Report on the working of the Ranchi Indian Mental Hospital, Kanke, in Bihar and Orissa - 1930-1940
Year: 1930
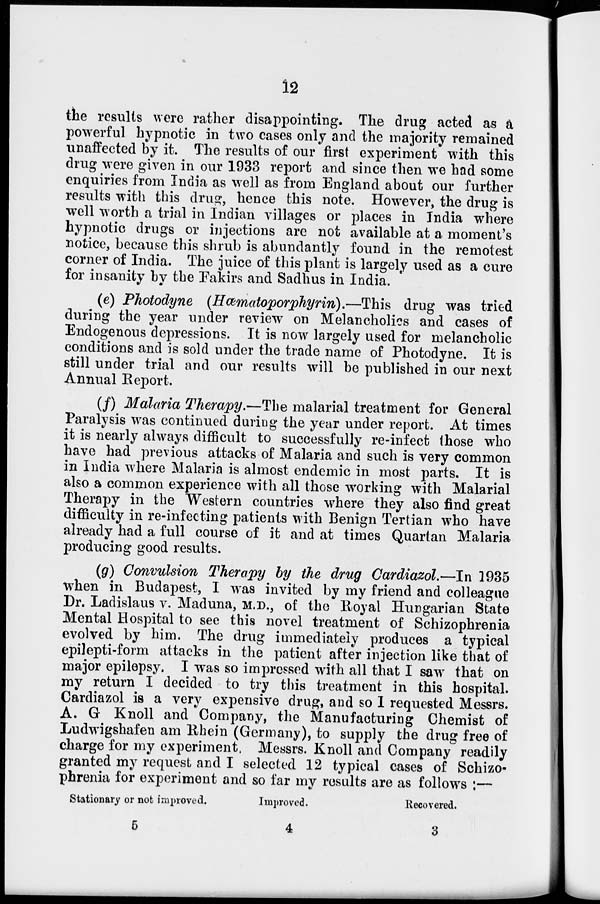
12
the results were rather disappointing. The drug acted as a.
powerful hypnotic in two cases only and the majority remained
unaffected by it. The results of our first experiment with this
drug were given in our 1933 report and since then we had some
enquiries from India as well as from England about our further
results with this drug, hence this note. However, the drug is
well worth a trial in Indian villages or places in India where
hypnotic drugs or injections are not available at a moment's
notice, because this shrub is abundantly found in the remotest
corner of India. The juice of this plant is largely used as a cure
for insanity by the Fakirs and Sadhus in India.
(e) Photodyne (Hœmatoporphyrin).—This drug was tried
during the year under review on Melancholies and cases of
Endogenous depressions. It is now largely used for melancholic
conditions and is sold under the trade name of Photodyne. It is
still under trial and our results will be published in our next
Annual Report.
(f) Malaria Therapy.—The malarial treatment for General
Paralysis was continued during the year under report. At times
it is nearly always difficult to successfully re-infect those who
have had previous attacks of Malaria and such is very common
in India where Malaria is almost endemic in most parts. It is
also a common experience with all those working with Malarial
Therapy in the Western countries where they also find great
difficulty in re-infecting patients with Benign Tertian who have
already had a full course of it and at times Quartan Malaria
producing good results.
(g) Convulsion Therapy by the drug Cardiazol.—In 1935
when in Budapest, I was invited by my friend and colleague
Dr. Ladislaus v. Maduna, M. D., of the Royal Hungarian State
Mental Hospital to see this novel treatment of Schizophrenia
evolved by him. The drug immediately produces a typical
epilepti-form attacks in the patient after injection like that of
major epilepsy. I was so impressed with all that I saw that on
my return I decided to try this treatment in this hospital.
Cardiazol is a very expensive drug, and so I requested Messrs.
A. G Knoll and Company, the Manufacturing Chemist of
Ludwigshafen am Rhein (Germany), to supply the drug free of
charge for my experiment, Messrs. Knoll and Company readily
granted my request and I selected 12 typical cases of Schizo-
phrenia for experiment and so far my results are as follows :—
Stationary or not improved.
5
Improved.
4
Recovered.
3